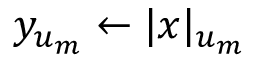
y _ { u _ { m } } \gets | x | _ { u _ { m } }